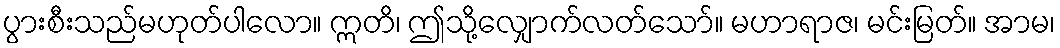
ပွားစီးသည်မဟုတ်ပါလော။ ဣတိ၊ ဤသို့လျှောက်လတ်သော်။ မဟာရာဇ၊ မင်းမြတ်။ အာမ၊